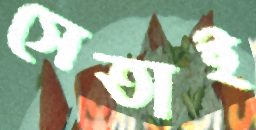
সেতাই